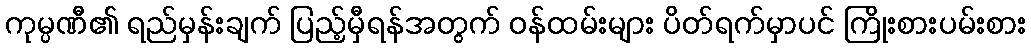
ကုမ္ပဏီ၏ ရည်မှန်းချက် ပြည့်မှီရန်အတွက် ဝန်ထမ်းများ ပိတ်ရက်မှာပင် ကြိုးစားပမ်းစား